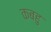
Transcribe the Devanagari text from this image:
कबहु